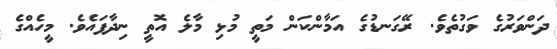
ދަންވަރުގެ ވަގުތެވެ. ރޭގަނޑުގެ އަމާންކަން މަތީ މުޅި މާލެ އޮތީ ނިދާފައެވެ. މީހެއްގެ